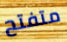
متفتح